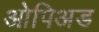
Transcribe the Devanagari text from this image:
ओपिअड